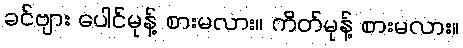
ခင်ဗျား ပေါင်မုန့် စားမလား။ ကိတ်မုန့် စားမလား။